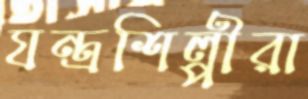
যন্ত্রশিল্পীরা